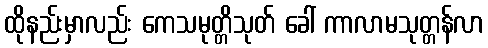
ထိုနည်းမှာလည်း ကေသမုတ္တိသုတ် ခေါ် ကာလာမသုတ္တန်လာ